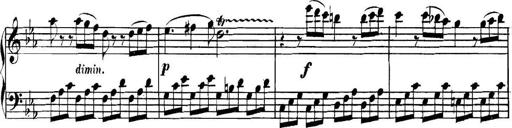
Title: Collected Piano Sonatas
Composer: Muzio Clementi